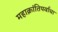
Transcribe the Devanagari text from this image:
महाक्रांतिपर्वाचा